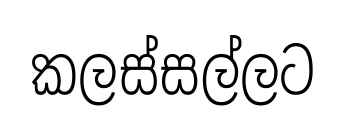
කලස්සල්ලට